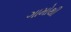
ગામોથી